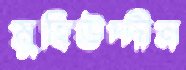
মুহিউদ্দীন